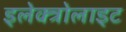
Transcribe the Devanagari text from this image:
इलेक्त्रोलाइट